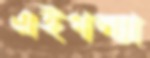
এইগল্যা